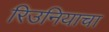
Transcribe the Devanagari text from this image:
रिउनियाचा